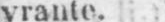
vrante.